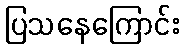
ပြသနေကြောင်း